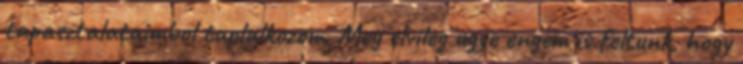
tapasztalataimbol taplalkozom. Meg elvileg ugye engem is feltunk, hogy